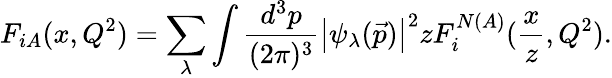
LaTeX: F_{iA}(x,Q^{2})=\sum_{\lambda}\int\frac{d^{3}p}{(2\pi)^{3}}\left|\psi_{\lambda}(\vec{p})\right|^{2}zF_{i}^{N(A)}(\frac{x}{z},Q^{2}).